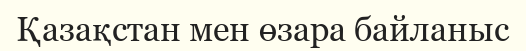
Қазақстан мен өзара байланыс